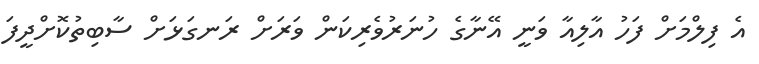
އެ ފިލްމަށް ފަހު އާލިއާ ވަނީ އޭނާގެ ހުނަރުވެރިކަން ވަރަށް ރަނގަޅަށް ސާބިތުކޮށްދީފަ